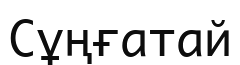
Сұңғатай